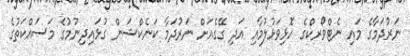
ނަރުދަމާގެ މައި ނެޓްވޯރކްގެ ހޮޅިވަޅުލުމާއި އަދި ގޭގެއަށް ނަރުދަމާ ކަނެކްޝަން ގުޅައިދިނުމުގެ މަސައްކަތުގެ